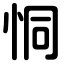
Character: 恫